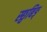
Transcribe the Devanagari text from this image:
स्छ्वबिङ्